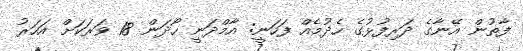
ފާތުން އޭނާގެ ދަރިފުޅުގެ ހެދުމެއް ފަހަނީ: އާމްދަނީ ހޯދަން 18 ވަރަކަށް އަހަރު